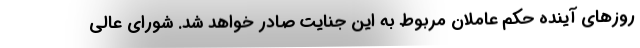
روزهای آینده حکم عاملان مربوط به این جنایت صادر خواهد شد. شورای عالی